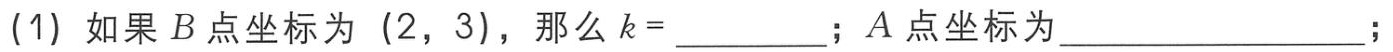
(1) 如果 \(B\) 点坐标为 \((2,3)\)，那么 \(k =\)  ；\(A\) 点坐标为  ；